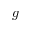
g